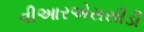
વીઆરએસસીડી